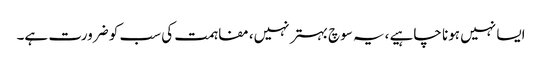
ایسا نہیں ہونا چاہیے ،یہ سوچ بہتر نہیں، مفاہمت کی سب کو ضرورت ہے۔